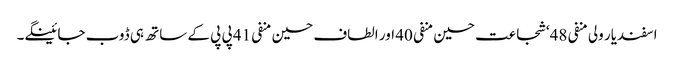
اسفندیار ولی منفی 48‘ شجاعت حسین منفی 40 اور الطاف حسین منفی 41 پی پی کے ساتھ ہی ڈوب جائینگے۔